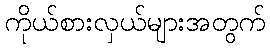
ကိုယ်စားလှယ်များအတွက်